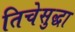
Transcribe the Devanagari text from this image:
तिचेसुद्धा